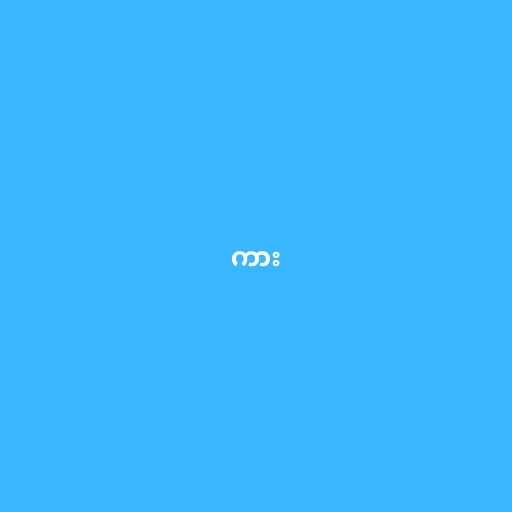
ကား